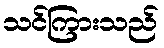
သင်ကြားသည်